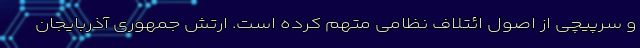
و سرپیچی از اصول ائتلاف نظامی متهم کرده است. ارتش جمهوری آذربایجان